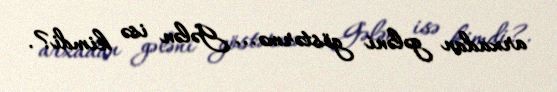
arxadan gələni göstərmə... Gələn isə kimdi?.